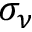
\sigma _ { \nu }